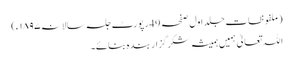
(ملفوظات جلد اول صفحہ 49رپورٹ جلسہ سالانہ۱۸۹۷ء)
اللہ تعالیٰ ہمیں ہمیشہ شکر گزار بندہ بنائے۔